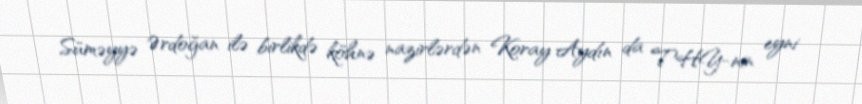
Süməyyə Ərdoğan ilə birlikdə köhnə nazirlərdən Koray Aydın da THY-nin eyni